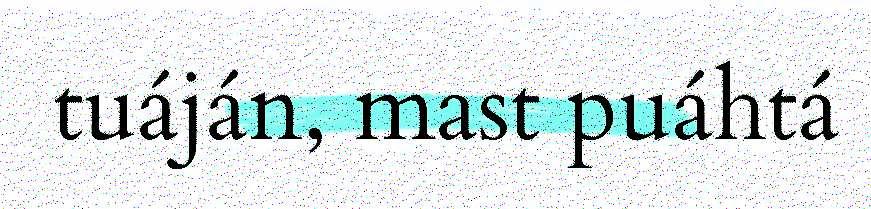
tuáján, mast puáhtá